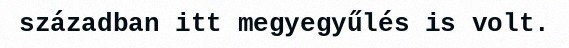
században itt megyegyűlés is volt.